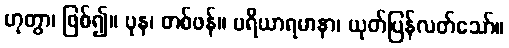
ဟုတွာ၊ ဖြစ်၍။ ပုန၊ တစ်ဖန်။ ပရိယာရမာနာ၊ ယုတ်ပြန်လတ်သော်။